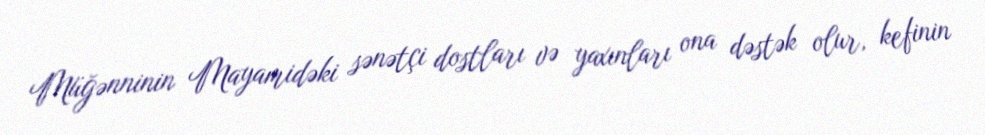
Müğənninin Mayamidəki sənətçi dostları və yaxınları ona dəstək olur, kefinin